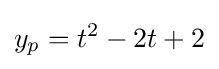
y_{p}=t^{2}-2t+2